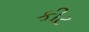
કીટ